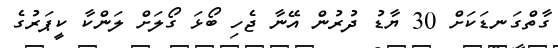
ގާތްގަނޑަކަށް 30 ޔާޑު ދުރުން އޭނާ ޖެހި ބޯޅަ ގޯލަށް ލަންކާ ކީޕަރުގެ